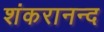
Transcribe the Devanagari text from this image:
शंकरानन्द